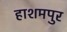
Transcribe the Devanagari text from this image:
हाशमपुर